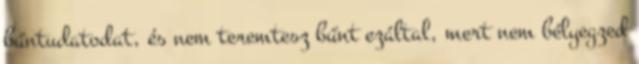
bűntudatodat, és nem teremtesz bűnt ezáltal, mert nem bélyegzed